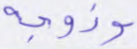
وزوجه